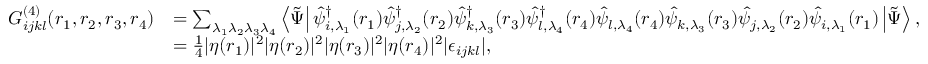
\begin{array} { r l } { G _ { i j k l } ^ { ( 4 ) } ( \boldsymbol { r } _ { 1 } , \boldsymbol { r } _ { 2 } , \boldsymbol { r } _ { 3 } , \boldsymbol { r } _ { 4 } ) } & { = \sum _ { \lambda _ { 1 } \lambda _ { 2 } \lambda _ { 3 } \lambda _ { 4 } } \left\langle \tilde { \Psi } \right| \hat { \psi } _ { i , \lambda _ { 1 } } ^ { \dagger } ( \boldsymbol { r } _ { 1 } ) \hat { \psi } _ { j , \lambda _ { 2 } } ^ { \dagger } ( \boldsymbol { r } _ { 2 } ) \hat { \psi } _ { k , \lambda _ { 3 } } ^ { \dagger } ( \boldsymbol { r } _ { 3 } ) \hat { \psi } _ { l , \lambda _ { 4 } } ^ { \dagger } ( \boldsymbol { r } _ { 4 } ) \hat { \psi } _ { l , \lambda _ { 4 } } ( \boldsymbol { r } _ { 4 } ) \hat { \psi } _ { k , \lambda _ { 3 } } ( \boldsymbol { r } _ { 3 } ) \hat { \psi } _ { j , \lambda _ { 2 } } ( \boldsymbol { r } _ { 2 } ) \hat { \psi } _ { i , \lambda _ { 1 } } ( \boldsymbol { r } _ { 1 } ) \left| \tilde { \Psi } \right\rangle , } \\ & { = \frac { 1 } { 4 } | \eta ( \boldsymbol { r } _ { 1 } ) | ^ { 2 } | \eta ( \boldsymbol { r } _ { 2 } ) | ^ { 2 } | \eta ( \boldsymbol { r } _ { 3 } ) | ^ { 2 } | \eta ( \boldsymbol { r } _ { 4 } ) | ^ { 2 } | \epsilon _ { i j k l } | , } \end{array}